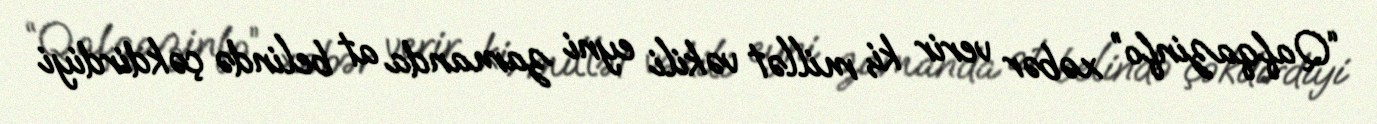
“Qafqazinfo” xəbər verir ki, millət vəkili eyni zamanda at belində çəkdirdiyi